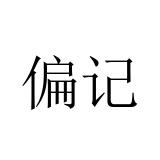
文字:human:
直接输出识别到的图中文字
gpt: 偏记